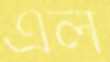
এল